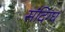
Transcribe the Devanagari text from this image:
संदिग्घ